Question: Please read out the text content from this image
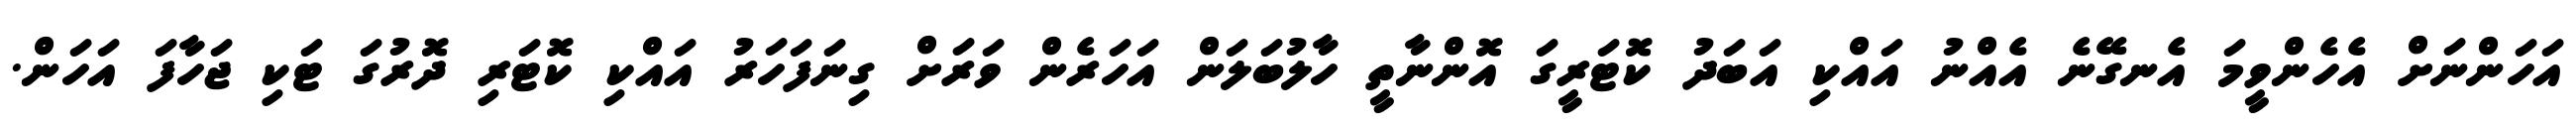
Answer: އަހަންނަށް އެހެންވީމަ އެނގޭނެ އެއްނު އައްކި އަބަދު ކޮޓަރީގަ އޮންނާތީ ހާލުބަލަން އަހަރެން ވަރަށް ގިނަފަހަރު އައްކި ކޮޓަރި ދޮރުގަ ޓަކި ޖަހާފަ އަހަން.